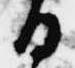
日